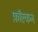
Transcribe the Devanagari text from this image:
फ़ॉल्कन